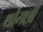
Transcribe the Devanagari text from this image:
थोंगछी